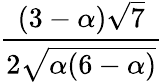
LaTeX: \frac{(3-\alpha){\sqrt{7}}}{2{\sqrt{\alpha(6-\alpha)}}}